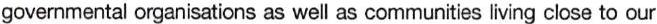
governmental organisations as well as communities living close to our